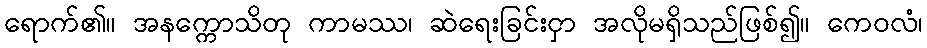
ရောက်၏။ အနက္ကောသိတု ကာမဿ၊ ဆဲရေးခြင်းငှာ အလိုမရှိသည်ဖြစ်၍။ ကေဝလံ၊